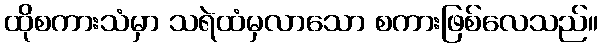
ထိုစကားသံမှာ သရဲထံမှလာသော စကားဖြစ်လေသည်။